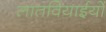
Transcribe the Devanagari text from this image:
लातवियाईयों